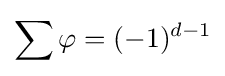
\sum \varphi =(-1)^{d-1}